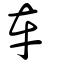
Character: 車